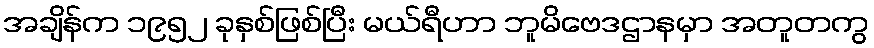
အချိန်က ၁၉၅၂ ခုနှစ်ဖြစ်ပြီး မယ်ရီဟာ ဘူမိဗေဒဌာနမှာ အတူတကွ